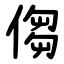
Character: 㑳